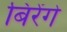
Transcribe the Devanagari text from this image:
बिरेंगे